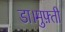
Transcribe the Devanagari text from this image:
डा।मुफ़्ती